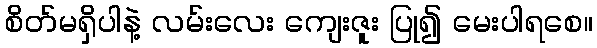
စိတ်မရှိပါနဲ့ လမ်းလေး ကျေးဇူး ပြု၍ မေးပါရစေ။